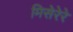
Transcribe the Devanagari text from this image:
मिसेरेरे